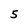
Character: 5